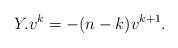
LaTeX: \begin{align*} Y.v^k=-(n-k)v^{k+1}.\end{align*}